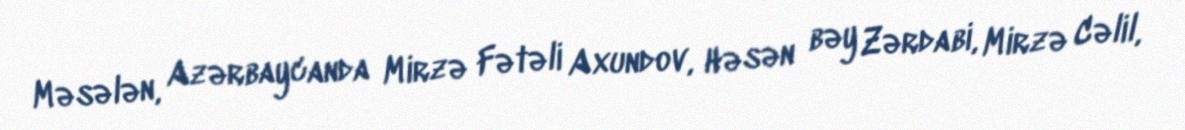
Məsələn, Azərbaycanda Mirzə Fətəli Axundov, Həsən bəy Zərdabi, Mirzə Cəlil,